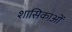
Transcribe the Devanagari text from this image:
शासिकाओं